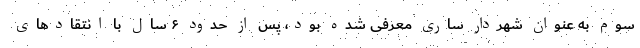
سوم به عنوان شهردار ساری معرفی شده بود، پس از حدود ۶ سال با انتقادهای